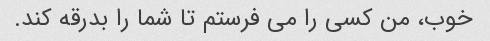
خوب، من کسی را می فرستم تا شما را بدرقه کند.